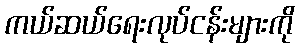
ကယ်ဆယ်ရေးလုပ်ငန်းများကို